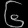
Digit: ၆